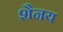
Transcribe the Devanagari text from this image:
शैनय